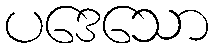
ပဒေသော